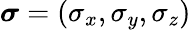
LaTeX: \boldsymbol{\sigma}=\left(\sigma_{x},\sigma_{y},\sigma_{z}\right)